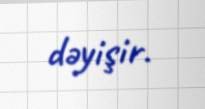
dəyişir.